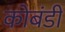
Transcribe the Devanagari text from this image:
कोबंडी